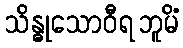
သိန္ဓုသောဝီရဘူမိံ